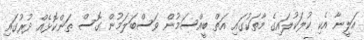
އަލީނާ އެކި ކުލަކުލައިގެ މާތަކުގައި އަތް ބީއްސަމުން ވަސްބަލަމުން ގޮސް ތަންކޮޅެއް ދުރުގައި